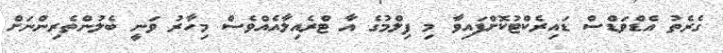
ގެރެތު އެޑްވަޑްސް ޑައިރެކްޓުކޮށްފައިވާ މި ފިލްމުގެ އާ ޓްރެއިލާއެއްވެސް މިހާރު ވަނީ ބެލުންތެރިންނަށް